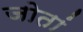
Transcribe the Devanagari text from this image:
जोतां